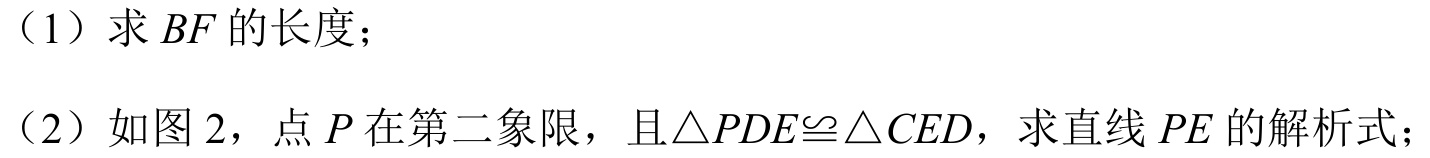
（1）求\(BF\)的长度；
（2）如图2，点\(P\)在第二象限，且\(\triangle PDE\cong\triangle CED\)，求直线\(PE\)的解析式；